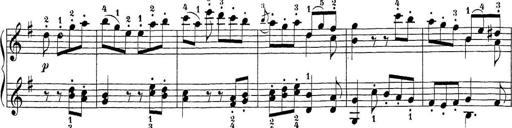
Title: Sonatina Album
Composer: Louis KÃ¶hler